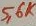
Text: 5,6K